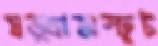
ষড়্‌ধাঅস্ফুট